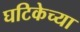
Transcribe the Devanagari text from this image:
घटिकेच्या